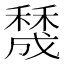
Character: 𥢲